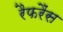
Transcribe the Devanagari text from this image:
रैफरैंस